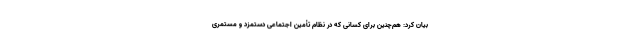
بیان کرد: هم‌چنین برای کسانی که در نظام تأمین اجتماعی دستمزد و مستمری